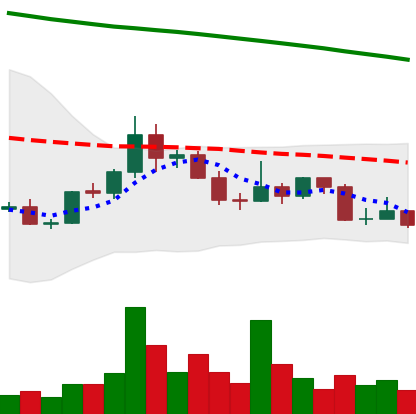
Ticker: DOGE-USD
Chart end date: 2022-02-20
Forward return: -6.789%
Label: down_5_7